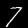
Digit: 7